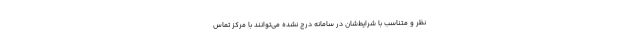
نظر و متناسب با شرایط‌شان در سامانه درج نشده می‌توانند با مرکز تماس